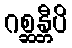
ဂစ္ဆန္တီပိ